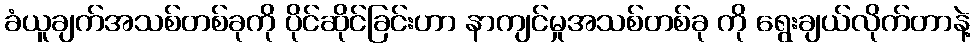
ခံယူချက်အသစ်တစ်ခုကို ပိုင်ဆိုင်ခြင်းဟာ နာကျင်မှုအသစ်တစ်ခု ကို ရွေးချယ်လိုက်တာနဲ့